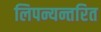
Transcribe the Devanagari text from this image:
लिपन्यन्तरित